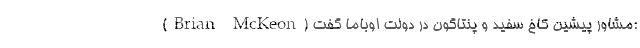
(Brian McKeon) مشاور پیشین کاخ سفید و پنتاگون در دولت اوباما گفت: